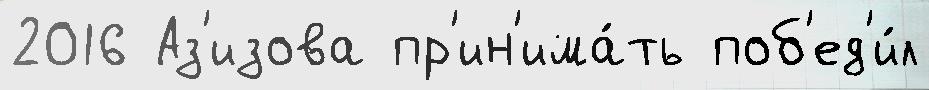
2016 Аз'изова пр'ин'има́ть поб'ед'и́л